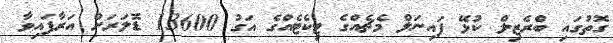
ގޮތުގައި ބްރެޒިލް ކުޅޭ ފައިނަލް މެޗެއްގެ ޓިކެޓެއްގެ އަގު 13600 ޑޮލަރަށް އަރާފައިވާ